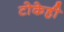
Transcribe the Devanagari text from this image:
टोकेही